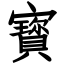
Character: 寳